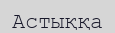
Астыққа